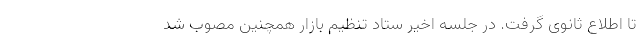
تا اطلاع ثانوی گرفت. در جلسه اخیر ستاد تنظیم بازار همچنین مصوب شد